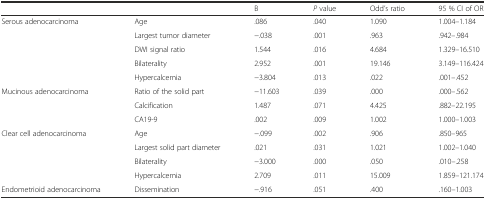
<table><thead><tr><td colspan="2"></td><td><b>B</b></td><td><b><i>P</i> value</b></td><td><b>Odd’s ratio</b></td><td><b>95 % CI of OR</b></td></tr></thead><tbody><tr><td rowspan="5">Serous adenocarcinoma</td><td>Age</td><td>.086</td><td>.040</td><td>1.090</td><td>1.004–1.184</td></tr><tr><td>Largest tumor diameter</td><td>−.038</td><td>.001</td><td>.963</td><td>.942–.984</td></tr><tr><td>DWI signal ratio</td><td>1.544</td><td>.016</td><td>4.684</td><td>1.329–16.510</td></tr><tr><td>Bilaterality</td><td>2.952</td><td>.001</td><td>19.146</td><td>3.149–116.424</td></tr><tr><td>Hypercalcemia</td><td>−3.804</td><td>.013</td><td>.022</td><td>.001–.452</td></tr><tr><td rowspan="3">Mucinous adenocarcinoma</td><td>Ratio of the solid part</td><td>−11.603</td><td>.039</td><td>.000</td><td>.000–.562</td></tr><tr><td>Calcification</td><td>1.487</td><td>.071</td><td>4.425</td><td>.882–22.195</td></tr><tr><td>CA19-9</td><td>.002</td><td>.009</td><td>1.002</td><td>1.000–1.003</td></tr><tr><td rowspan="4">Clear cell adenocarcinoma</td><td>Age</td><td>−.099</td><td>.002</td><td>.906</td><td>.850–965</td></tr><tr><td>Largest solid part diameter</td><td>.021</td><td>.031</td><td>1.021</td><td>1.002–1.040</td></tr><tr><td>Bilaterality</td><td>−3.000</td><td>.000</td><td>.050</td><td>.010–.258</td></tr><tr><td>Hypercalcemia</td><td>2.709</td><td>.011</td><td>15.009</td><td>1.859–121.174</td></tr><tr><td>Endometrioid adenocarcinoma</td><td>Dissemination</td><td>−.916</td><td>.051</td><td>.400</td><td>.160–1.003</td></tr></tbody></table>